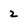
Character: 2